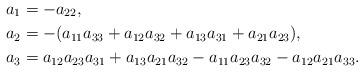
LaTeX: \begin{align*} a_1 &= -a_{22}, \\ a_2 &= -(a_{11} a_{33}+ a_{12} a_{32} + a_{13} a_{31} + a_{21} a_{23}), \\ a_3 &= a_{12} a_{23} a_{31} + a_{13} a_{21} a_{32} - a_{11} a_{23} a_{32} - a_{12} a_{21} a_{33}.\end{align*}